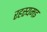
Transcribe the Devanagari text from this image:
रहस्यमइ